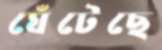
ঘেঁটেছে